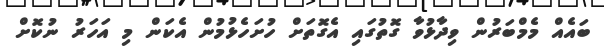
ބައެއް މެމްބަރުން ވިދާޅުވާ ގޮތުގައި އެގޮތަށް ހުށަހެޅުމުން އެކަން މި އަހަރު ނުކޮށް